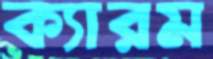
ক্যারম